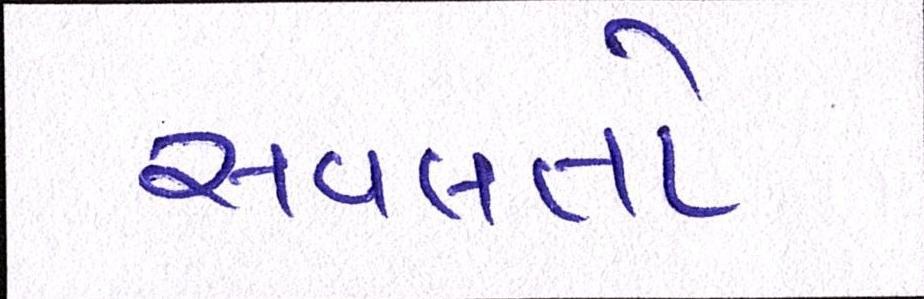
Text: સવલતો